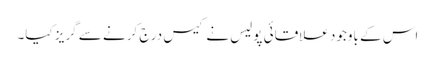
اس کے باوجود علاقائی پولیس نے کیس درج کرنے سے گریز کیا۔